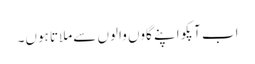
اب آپکو اپنے گاوں والوں سےملاتا ہوں۔